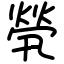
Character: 煢